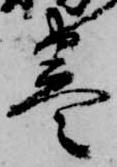
巻